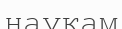
наукам